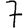
Digit: 7